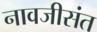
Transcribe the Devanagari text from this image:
नावजीसंत